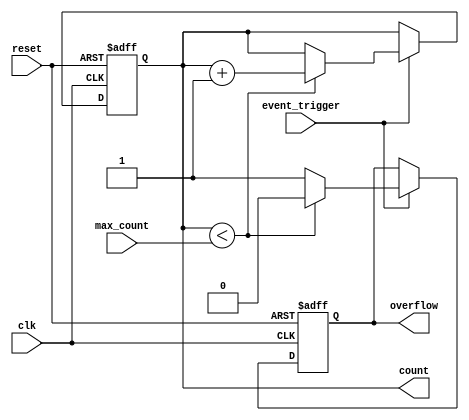
module EventTriggeredCounter (
    input wire clk,                // Clock input
    input wire reset,              // Asynchronous reset
    input wire event_trigger,      // Event trigger signal
    input wire [7:0] max_count,    // Maximum count value
    output reg [7:0] count,        // Current count value
    output reg overflow            // Overflow indicator
);

    // Synchronous reset and event detection
    always @(posedge clk or posedge reset) begin
        if (reset) begin
            count <= 8'b0;          // Clear count on reset
            overflow <= 1'b0;       // Clear overflow flag
        end else begin
            if (event_trigger) begin
                if (count < max_count) begin
                    count <= count + 1; // Increment count
                    overflow <= 1'b0;    // Clear overflow flag
                end else begin
                    overflow <= 1'b1;    // Set overflow flag on max count
                end
            end
        end
    end

endmodule